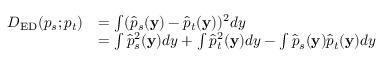
\begin{array} { r l } { D _ { \mathrm { E D } } ( p _ { s } ; p _ { t } ) } & { = \int ( \hat { p } _ { s } ( \mathbf { y } ) - \hat { p } _ { t } ( \mathbf { y } ) ) ^ { 2 } d y } \\ & { = \int \hat { p } _ { s } ^ { 2 } ( \mathbf { y } ) d y + \int \hat { p } _ { t } ^ { 2 } ( \mathbf { y } ) d y - \int \hat { p } _ { s } ( \mathbf { y } ) \hat { p } _ { t } ( \mathbf { y } ) d y } \end{array}